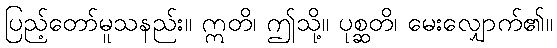
ပြည့်တော်မူသနည်း။ ဣတိ၊ ဤသို့။ ပုစ္ဆတိ၊ မေးလျှောက်၏။